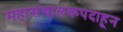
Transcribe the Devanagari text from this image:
महासंचालकपदाहून